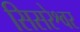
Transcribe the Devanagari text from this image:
सिसरेश्वर